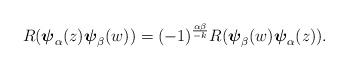
LaTeX: \begin{align*}R(\boldsymbol{\psi}_\alpha(z)\boldsymbol{\psi}_\beta(w))=(-1)^{\frac{\alpha\beta}{-k}}R(\boldsymbol{\psi}_\beta(w)\boldsymbol{\psi}_\alpha(z)).\end{align*}